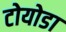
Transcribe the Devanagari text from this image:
टोयोडा